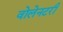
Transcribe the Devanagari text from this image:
वोलेनटरी